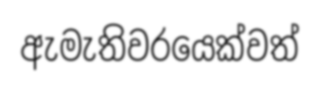
ඇමැතිවරයෙක්වත්